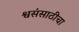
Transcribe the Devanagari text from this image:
श्वसंसाठीचा